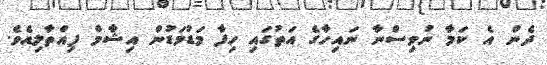
ދެން އެ ކަމާ ނުވިސްނާ ނައިހާގެ އަތުގައި ހިފާ މަޑުމަޑުން އިޝާމް ފިއްތާލިއެވެ.